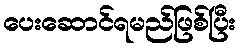
ပေးဆောင်ရမည်ဖြစ်ပြီး